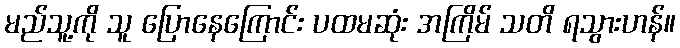
မည်သူ့ကို သူ ပြောနေကြောင်း ပထမဆုံး အကြိမ် သတိ ရသွားဟန်။